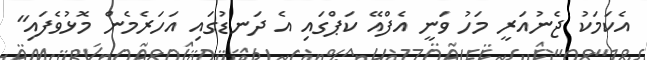
އެކަމަކު ޖެނުއަރީ މަހު ވަނީ އެފްއޭ ކަޕްގައި އެ ދަނޑުގައި އަހަރެމެން މޮޅުވެފައި"